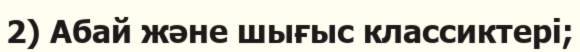
2) Абай және шығыс классиктері;